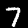
Label: 7